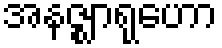
အနဇ္ဈာရုဟော